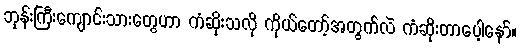
ဘုန်းကြီးကျောင်းသားတွေဟာ ကံဆိုးသလို ကိုယ်တော့်အတွက်လဲ ကံဆိုးတာပေါ့နော်။